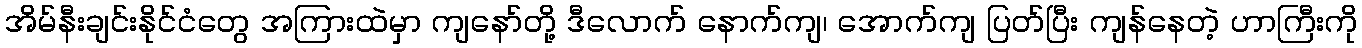
အိမ်နီးချင်းနိုင်ငံတွေ အကြားထဲမှာ ကျနော်တို့ ဒီလောက် နောက်ကျ၊ အောက်ကျ ပြတ်ပြီး ကျန်နေတဲ့ ဟာကြီးကို